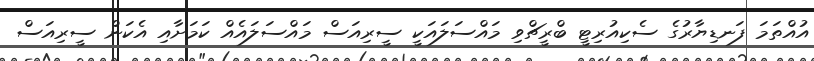
އުއްތަމަ ފަނޑިޔާރުގެ ސެކިއުރިޓީ ބްރީޗްވި މައްސަލައަކީ ސީރިއަސް މައްސަލައެއް ކަަމަށާއި އެކަން ސީރިއަސް